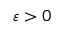
\varepsilon > 0